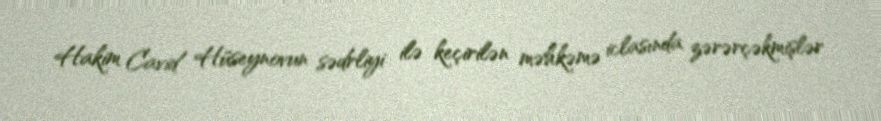
Hakim Cavid Hüseynovun sədrliyi ilə keçirilən məhkəmə iclasında zərərçəkmişlər